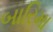
બારિમા